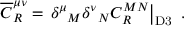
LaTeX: { \overline { { C } } } _ { R } ^ { \mu \nu } = \left. { \delta ^ { \mu } } _ { M } { \delta ^ { \nu } } _ { N } C _ { R } ^ { M N } \right| _ { \mathrm { D 3 } } ~ .